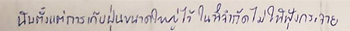
นับตั้งแต่การเก็บฝุ่นขนาดใหญ่ไว้ในที่จำกัดไม่ให้ฟุ้งกระจาย